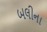
બલીના